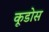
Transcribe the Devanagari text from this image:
कूडोस